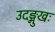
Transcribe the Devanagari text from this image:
उदङ्मुखः